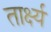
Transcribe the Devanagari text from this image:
तार्क्ष्य